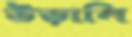
উড়ালি